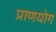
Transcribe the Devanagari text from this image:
प्राणयोग